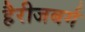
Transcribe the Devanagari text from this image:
हैरीजबर्ग